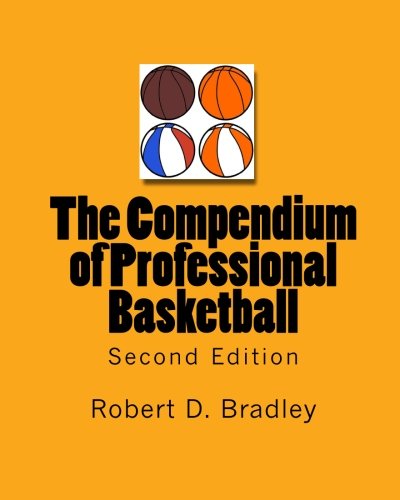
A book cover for The Compendium of Professional Basketball (Second Edition); Robert D Bradley; Sports & Outdoors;